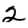
Digit: 2